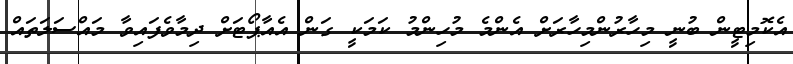
އެކޮމިޓީން ބުނީ މިހާރުންމިހާރަށް އެންމެ މުހިންމު ކަމަކީ ގަން އެއާޕޯޓަށް ދިމާވެފައިވާ މައްސަލަތައް